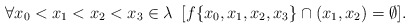
\begin{align*}\forall x_{0}<x_{1}<x_{2}<x_{3}\in \lambda\,\,\,[f\{x_{0},x_{1},x_{2},x_{3}\}\cap(x_{1},x_{2})=\emptyset].\end{align*}